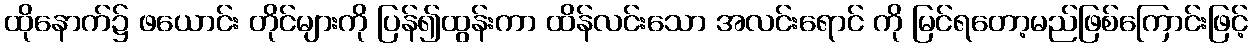
ထိုနောက်၌ ဖယောင်း တိုင်များကို ပြန်၍ထွန်းကာ ထိန်လင်းသော အလင်းရောင် ကို မြင်ရတော့မည်ဖြစ်ကြောင်းဖြင့်